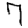
Digit: 7